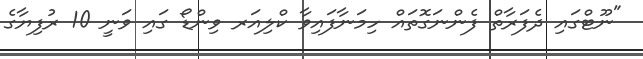
"ނޫޓްގައި ދެފަރާތް ފެންނަގޮތައް ހިމަަނާފައިވާ ކްލިއަރ ވިންޑޯ ގައި ވަނީ 10 ރުފިޔާގެ